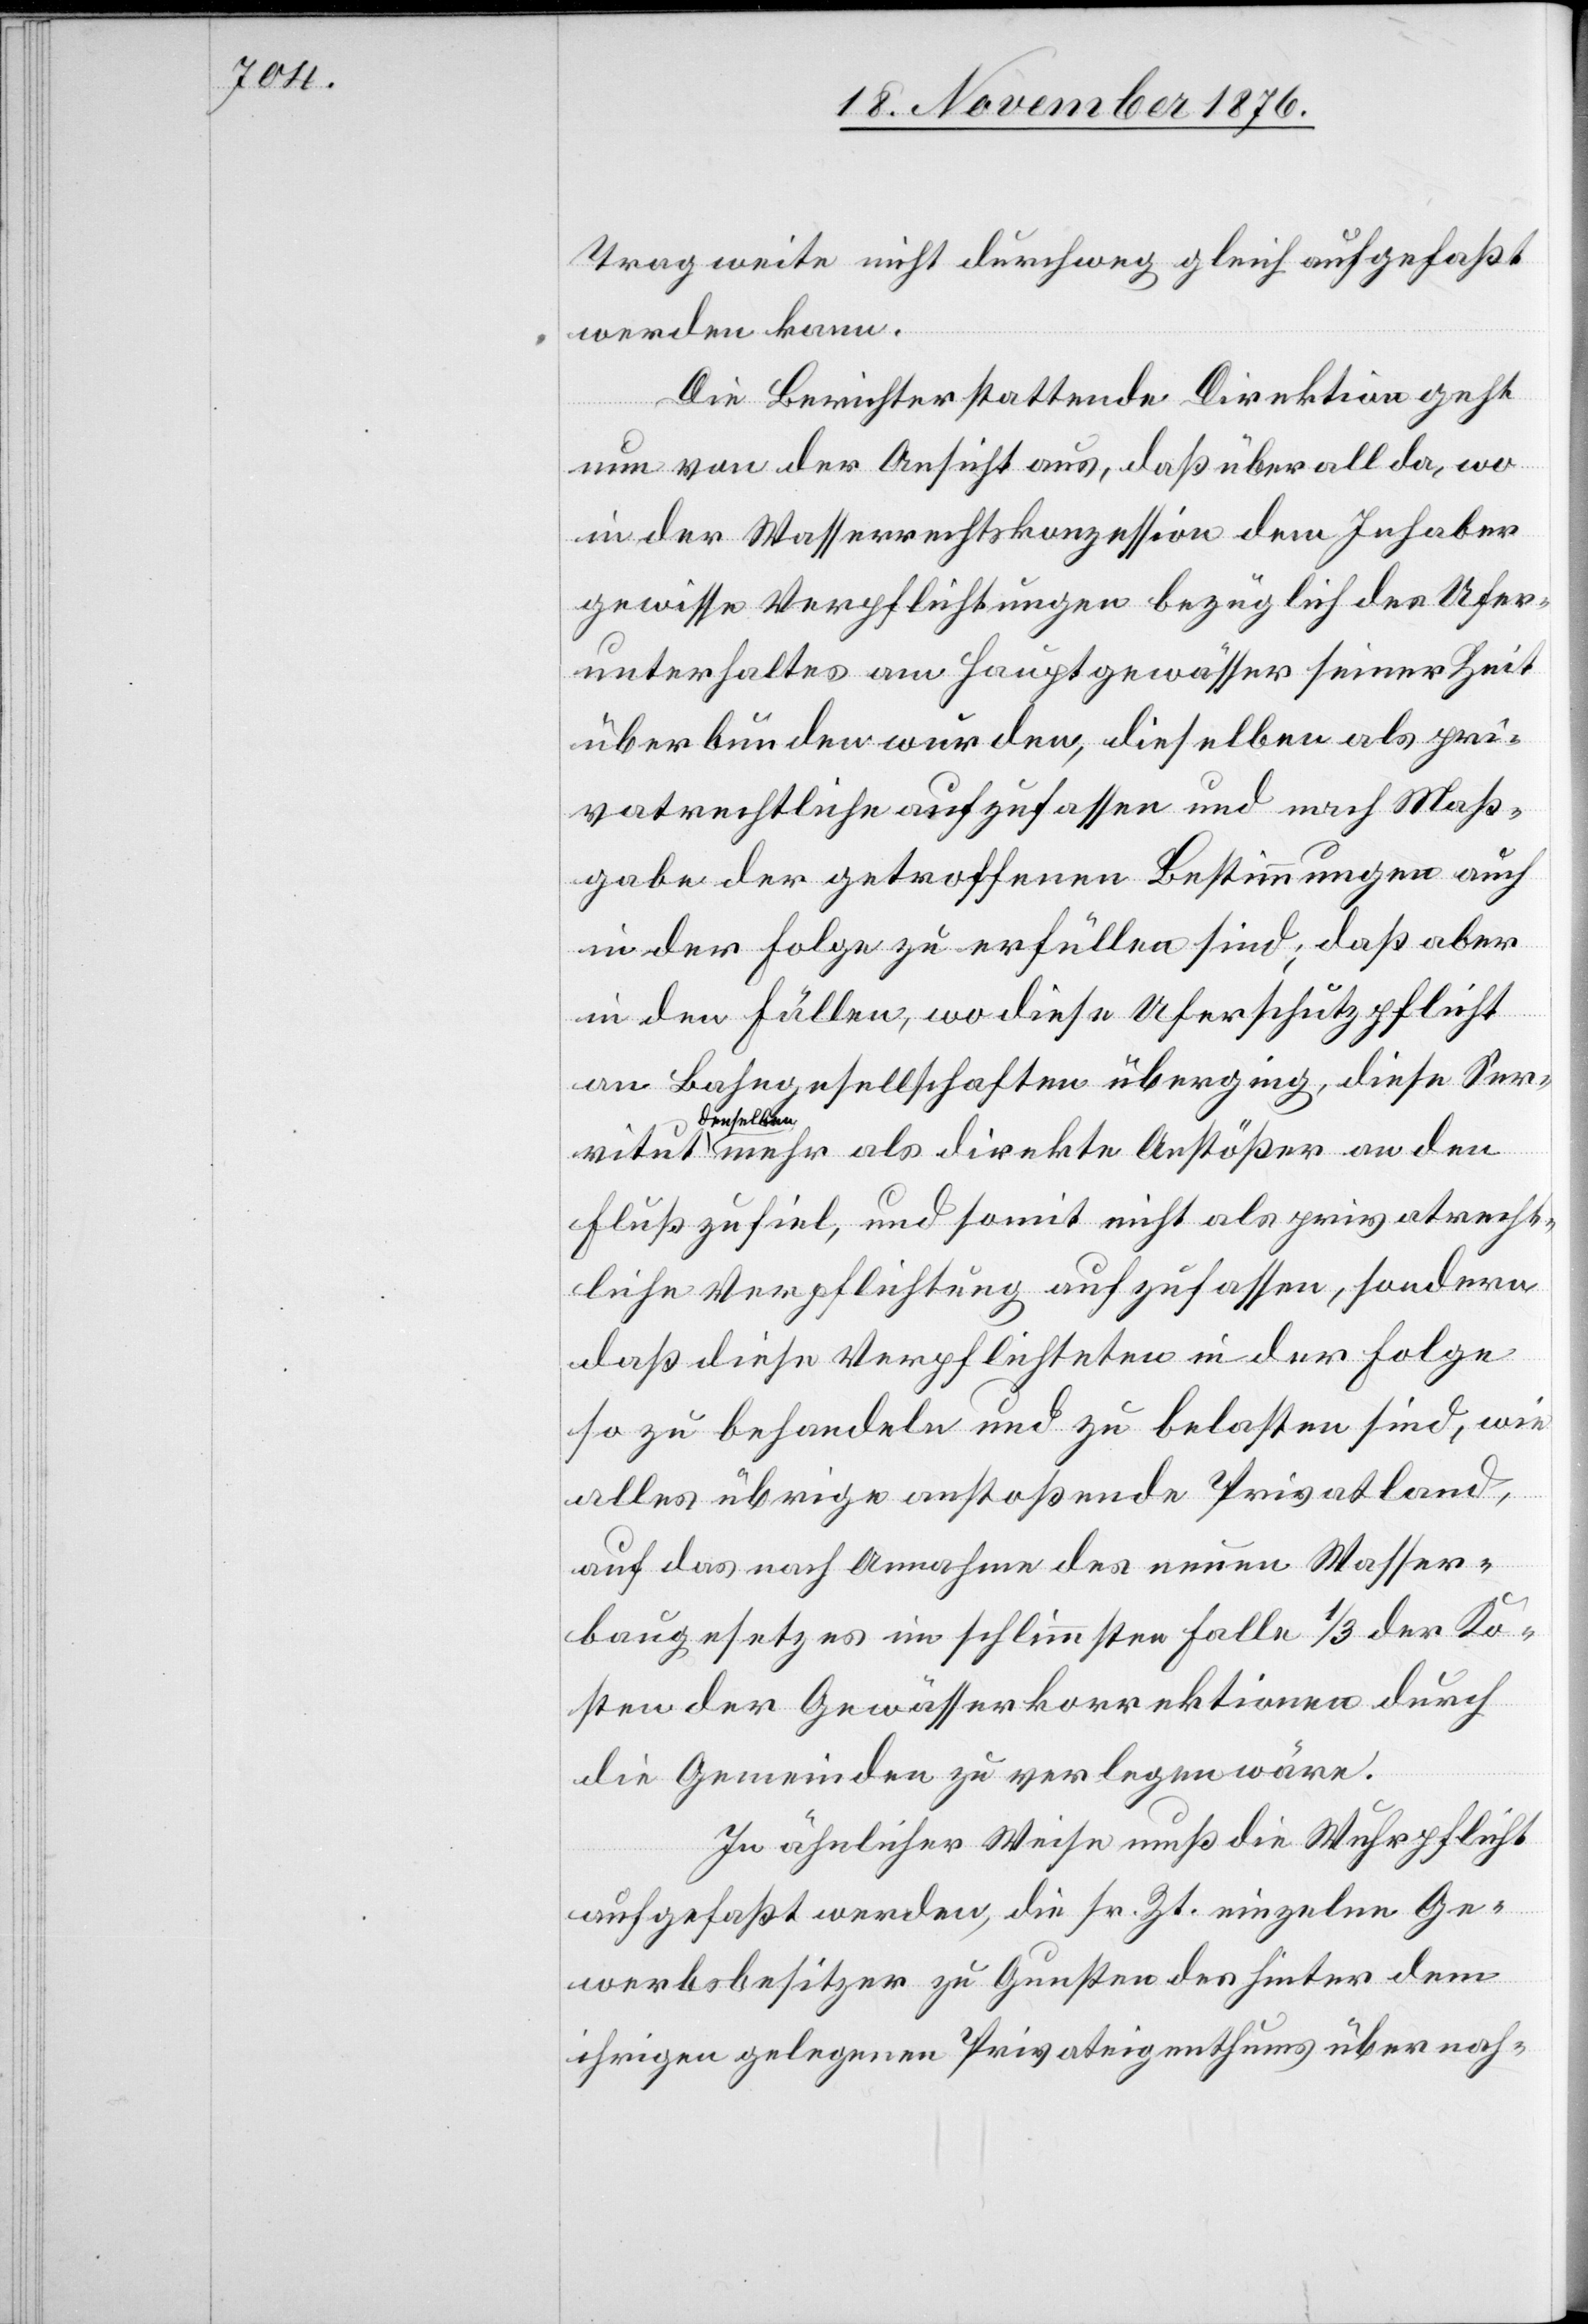
vitut

Tragweite nicht durchweg gleich aufgefaßt
werden kann.
Die Berichterstattende Direktion geht
nun von der Ansicht aus, daß überall da, wo
in der Wasserrechtskonzession dem Inhaber
gewisse Verpflichtungen bezüglich des Ufer¬
unterhaltes am Hauptgewässer seiner Zeit
überbunden wurden, dieselben als pri¬
vatrechtliche aufzufassen und nach Maß¬
gabe der getroffenen Bestimmungen auch
in der Folge zu erfüllen sind; daß aber
in den Fällen, wo diese Uferschutzpflicht
an Bahngesellschaften überging, diese Ser¬
denselbe¬
n mehr als direkte Anstößer an den
Fluß zufiel, und somit nicht als privatrecht¬
liche Verpflichtung aufzufassen, sondern
daß diese Verpflichteten in der Folge
so zu behandeln und zu belasten sind, wie
alles übrige anstoßende Privatland,
auf das nach Annahme des neuen Wasser¬
baugesetzes im schlimmsten Falle 1/3 der Ko¬
sten der Gewässerkorrektionen durch
die Gemeinden zu verlegen wäre.
In ähnlicher Weise muß die Wuhrpflicht
aufgefaßt werden, die sr. Zt. einzelne Ge¬
werbsbesitzer zu Gunsten des hinter dem
ihrigen gelegenen Privateigenthums übernah-